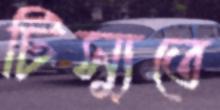
টিস্যুতে